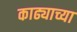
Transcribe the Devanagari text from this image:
काढ्याच्या